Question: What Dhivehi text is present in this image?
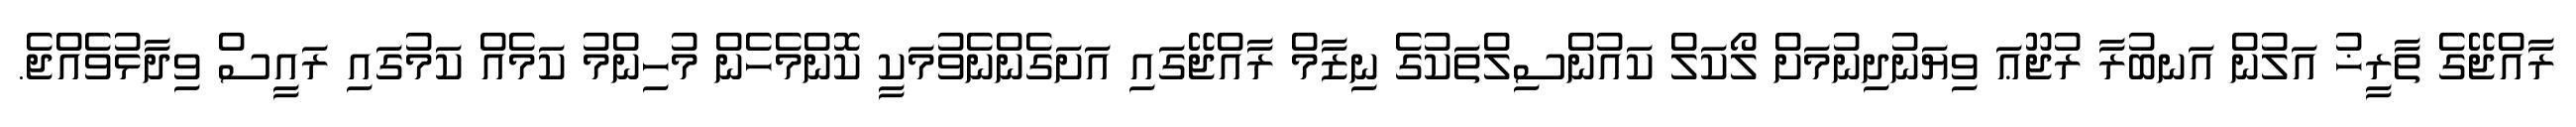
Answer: ރާއްޖޭގެ ތާރީޚު އަލުން އަނބުރާ ރުޖޫޢަ ވިޔަނުދިނުމަށް ލޯކަލް ކައުންސިލްތަކުގެ ނިޒާމް ރާއްޖޭގައި އަށަގެންނެވުމަކީ ކޮންމެހެން މުހިންމު ކަމެއް ކަމުގައި ރައީސް ވިދާޅުވެއްޖެ.